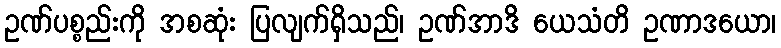
ဥဏ်ပစ္စည်းကို အစဆုံး ပြလျက်ရှိသည်၊ ဥဏ်အာဒိ ယေသံတိ ဥဏာဒယော၊